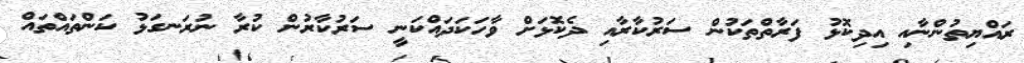
ރައްޔިތުންނާއި އިދިކޮޅު ފަރާތްތަކުން ސަރުކާރާއި ދެކޮޅަށް ވާހަކަދައްކަނީ ސަރުކާރުން ކުރާ ނުރަނގަޅު ކަންތައްތައް